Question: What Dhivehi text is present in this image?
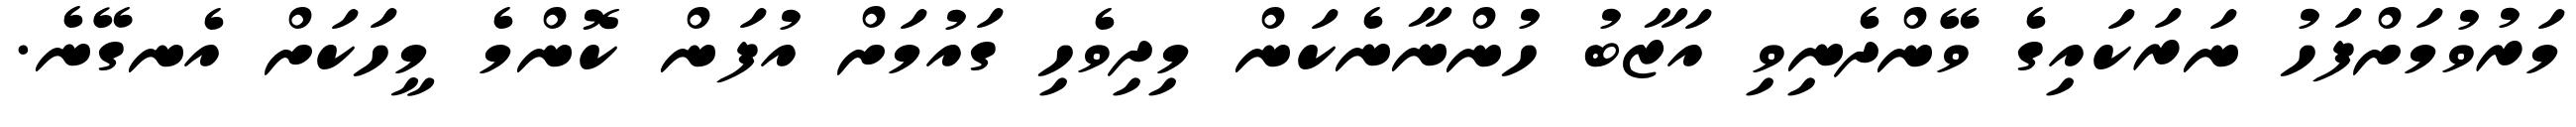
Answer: މަރުވުމަށްފަހު ނަރަކައިގެ ވޭންދެނިވި އަޒާބު ހުންނާނެކަން މިދިވެހި ގައުމަށް އުފަން ކޮންމެ މީހަކަށް އެނގޭނެ.